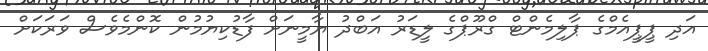
އަދި ޕީޕީއެމްގެ ޕާލިމެންޓް ގްރޫޕްގެ ލީޑަރު އަބްދު ޔާމީނަށް ފާޑުކިޔުމުން ކޮންމެވެސް ވަރަކަށް